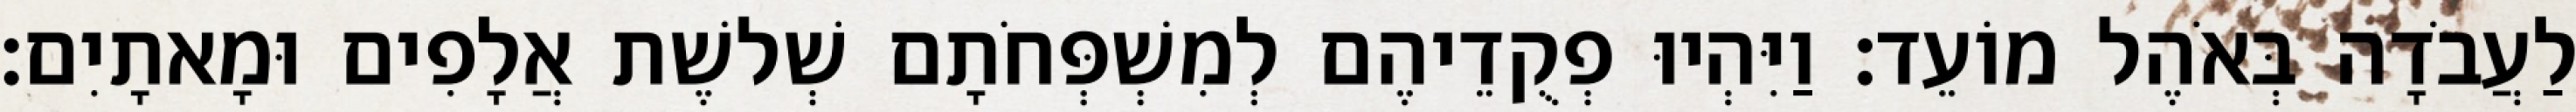
לַעֲבֹדָה בְּאֹהֶל מוֹעֵד׃ וַיִּהְיוּ פְקֻדֵיהֶם לְמִשְׁפְּחֹתָם שְׁלשֶׁת אֲלָפִים וּמָאתָיִם׃